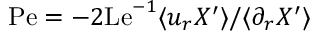
\mathrm { P e } = - 2 \mathrm { L e } ^ { - 1 } \langle u _ { r } X ^ { \prime } \rangle / \langle \partial _ { r } X ^ { \prime } \rangle